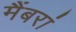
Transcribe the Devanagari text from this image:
मैंबरां